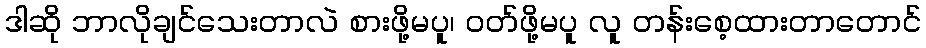
ဒါဆို ဘာလိုချင်သေးတာလဲ စားဖို့မပူ၊ ဝတ်ဖို့မပူ လူ တန်းစေ့ထားတာတောင်